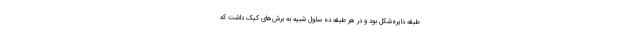
طبقه دایره‌شکل بود و در هر طبقه ده سلول شبیه به برش‌های کیک داشت که